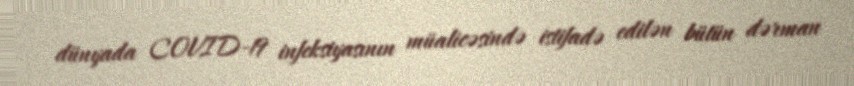
dünyada COVID-19 infeksiyasının müalicəsində istifadə edilən bütün dərman